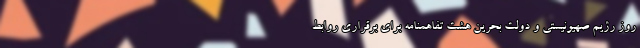
روز رژیم صهیونیستی و دولت بحرین هشت تفاهمنامه برای برقراری روابط